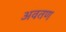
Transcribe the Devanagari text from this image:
अवतण